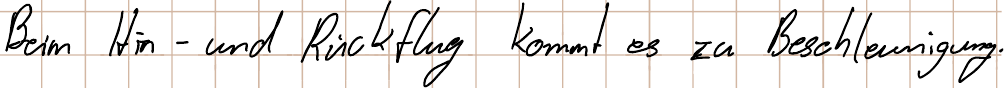
Beim Hin- und Rückflug kommt es zu Beschleunigung